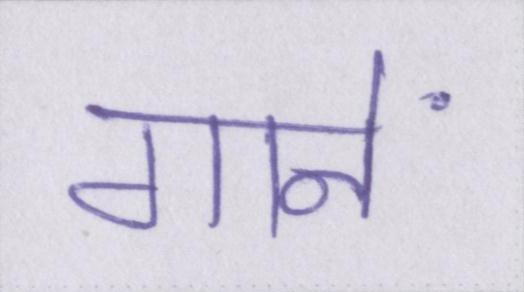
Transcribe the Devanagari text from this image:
गानें